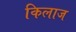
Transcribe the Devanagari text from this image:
किलाज